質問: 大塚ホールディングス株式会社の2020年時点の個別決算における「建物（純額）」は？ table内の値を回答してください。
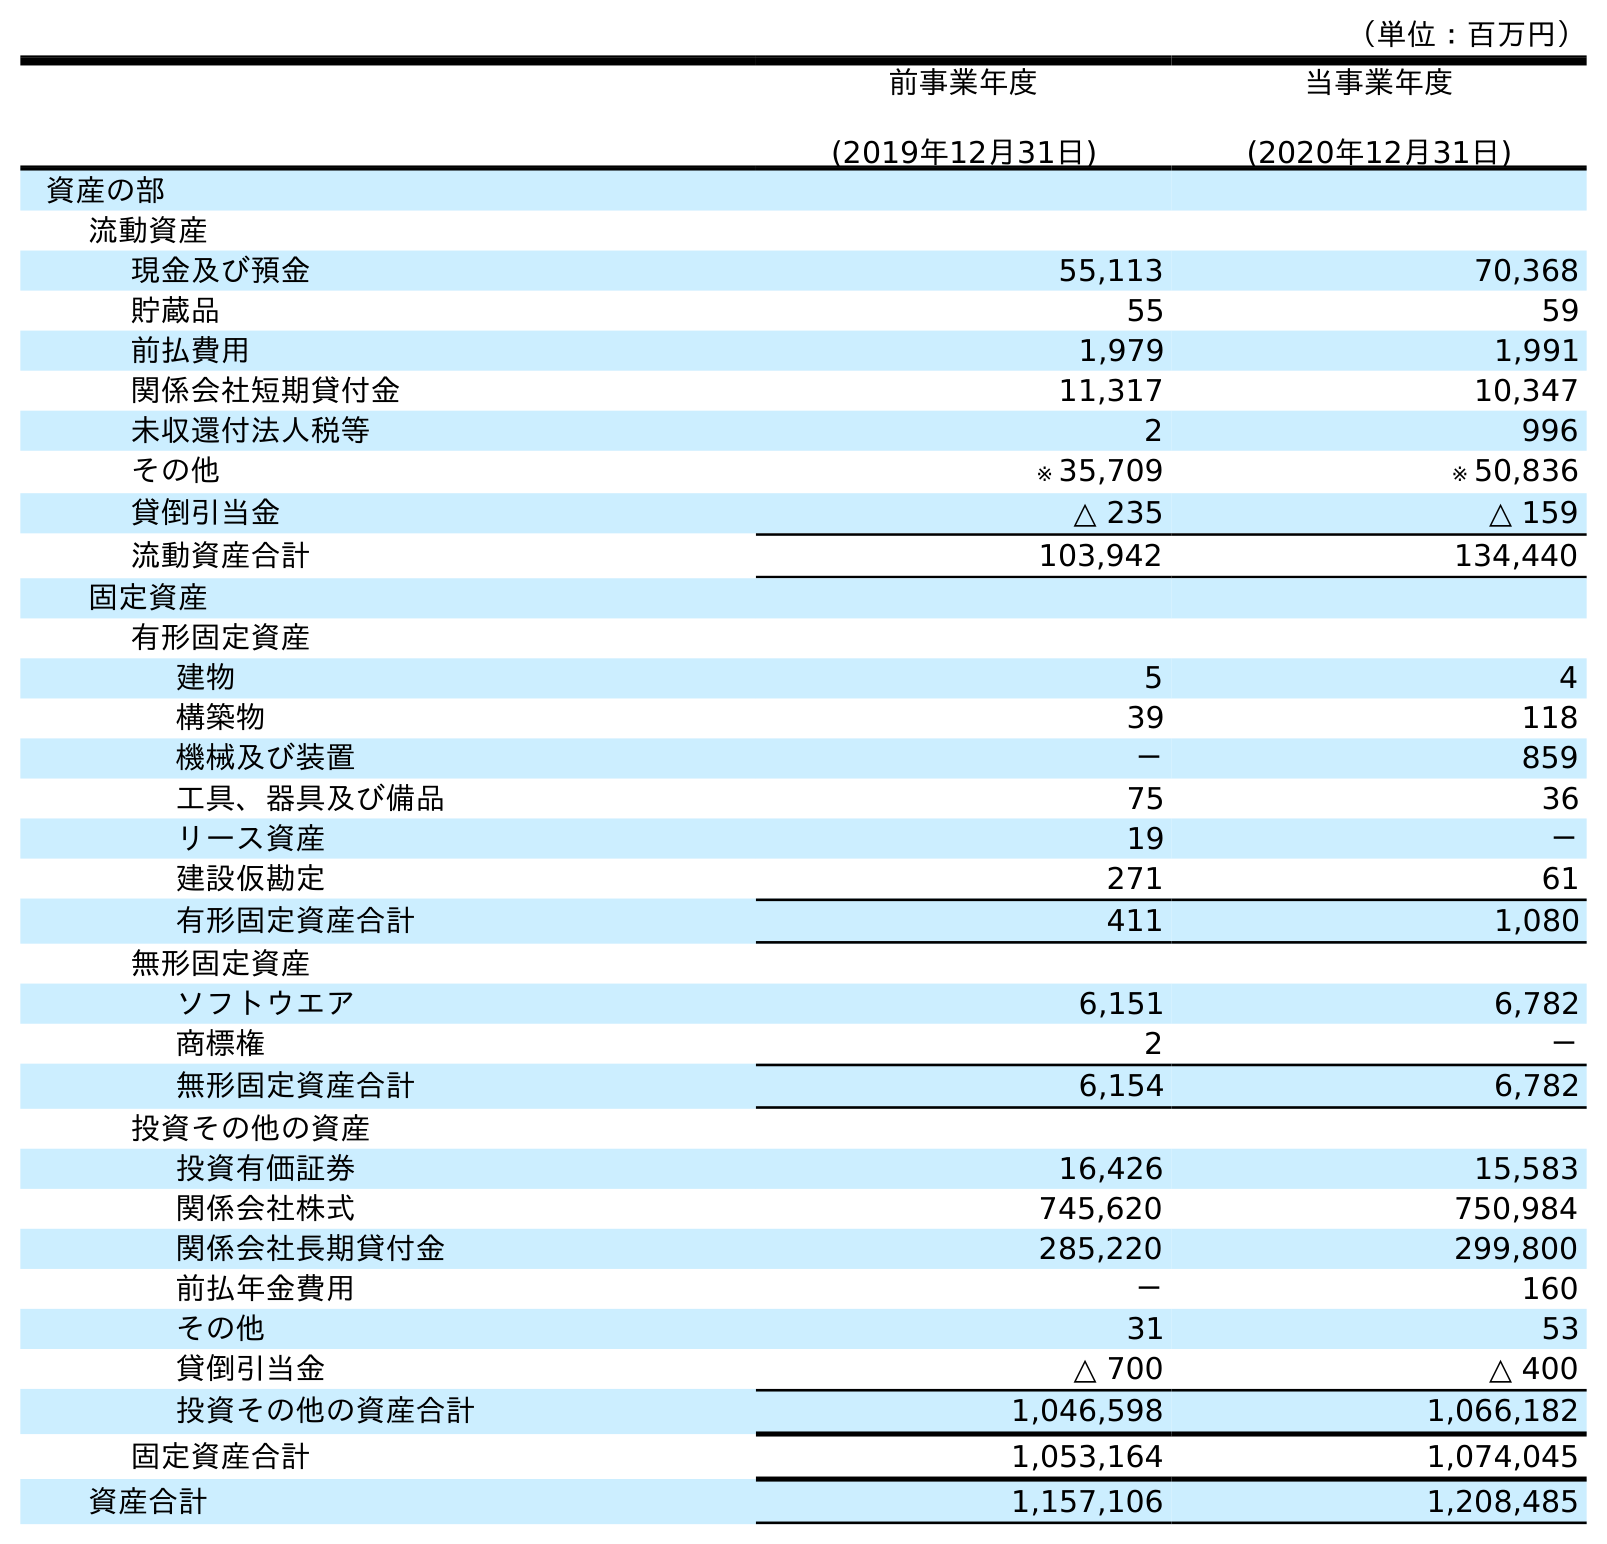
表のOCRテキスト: （単位：百万円） 前事業年度 (2019年12月31日) 当事業年度 (2020年12月31日) 資産の部 流動資産 現金及び預金 55,113 70,368 貯蔵品 55 59 前払費用 1,979 1,991 関係会社短期貸付金 11,317 10,347 未収還付法人税等 2 996 その他 ※ 35,709 ※ 50,836 貸倒引当金 △ 235 △ 159 流動資産合計 103,942 134,440 固定資産 有形固定資産 建物 5 4 構築物 39 118 機械及び装置 － 859 工具、器具及び備品 75 36 リース資産 19 － 建設仮勘定 271 61 有形固定資産合計 411 1,080 無形固定資産 ソフトウエア 6,151 6,782 商標権 2 － 無形固定資産合計 6,154 6,782 投資その他の資産 投資有価証券 16,426 15,583 関係会社株式 745,620 750,984 関係会社長期貸付金 285,220 299,800 前払年金費用 － 160 その他 31 53 貸倒引当金 △ 700 △ 400 投資その他の資産合計 1,046,598 1,066,182 固定資産合計 1,053,164 1,074,045 資産合計 1,157,106 1,208,485
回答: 4